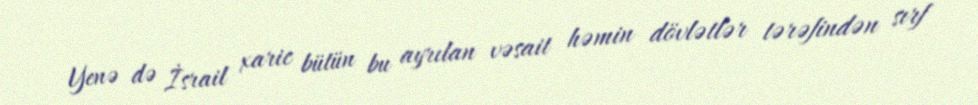
Yenə də İsrail xaric bütün bu ayrılan vəsait həmin dövlətlər tərəfindən sırf